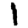
Digit: 1